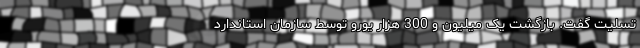
تسلیت گفت. بازگشت یک میلیون و 300 هزار یورو توسط سازمان استاندارد